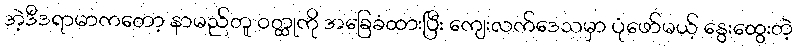
အဲ့ဒီဒရာမာကတော့ နာမည်တူ ဝတ္ထုကို အခြေခံထားပြီး ကျေးလက်ဒေသမှာ ပုံဖော်မယ့် နွေးထွေးတဲ့